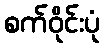
စက်ဝိုင်းပုံ